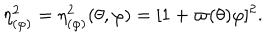
\eta _ { ( \varphi ) } ^ { 2 } = \eta _ { ( \varphi ) } ^ { 2 } ( \theta , \varphi ) = [ 1 + \varpi ( \theta ) \varphi ] ^ { 2 } .